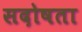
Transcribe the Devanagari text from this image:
सदोषता